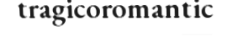
tragicoromantic